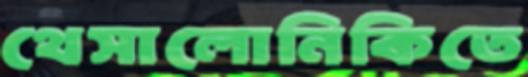
থেসালোনিকিতে